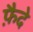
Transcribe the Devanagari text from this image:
फ़ैदे